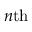
n \mathrm { t h }